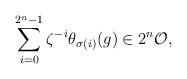
LaTeX: \begin{align*}\sum_{i=0}^{2^n-1}\zeta^{-i}\theta_{\sigma(i)}(g)\in2^n\mathcal{O},\end{align*}